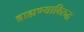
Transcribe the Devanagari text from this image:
ब्राह्मण्याविरुद्ध